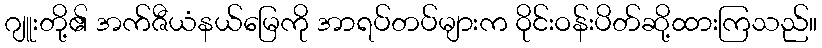
ဂျူးတို့၏ အက်ဇီယံနယ်မြေကို အာရပ်တပ်များက ဝိုင်းဝန်းပိတ်ဆို့ထားကြသည်။